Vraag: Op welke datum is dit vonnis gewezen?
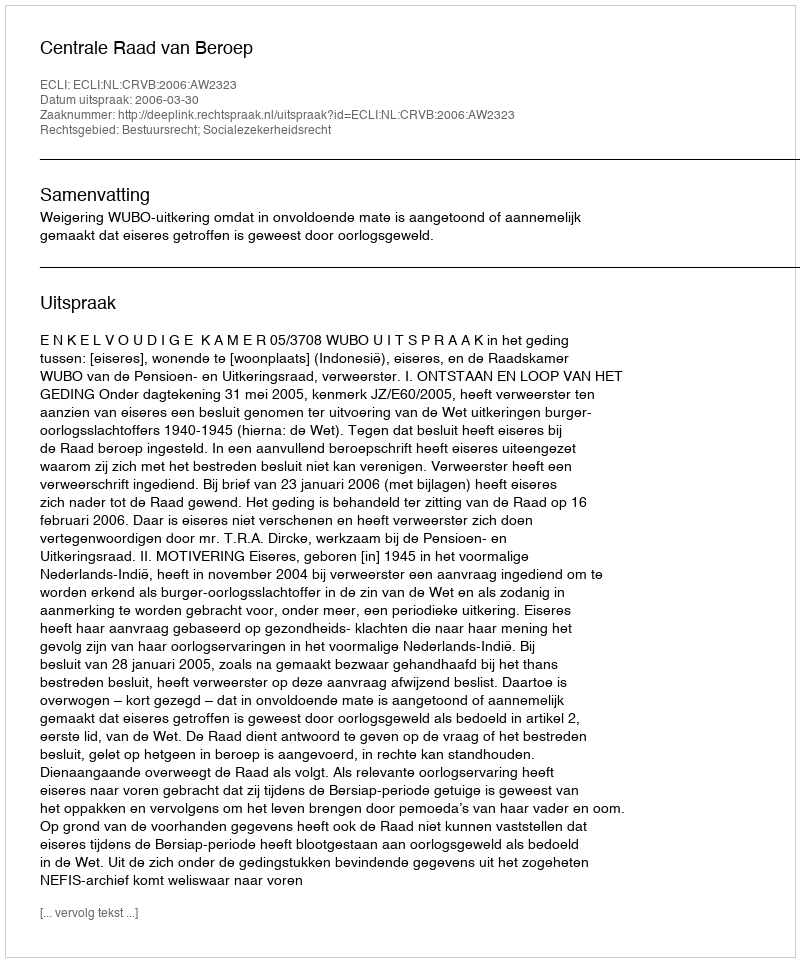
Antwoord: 2006-03-30